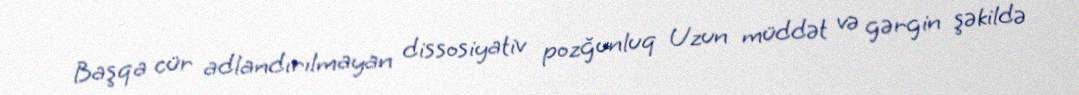
Başqa cür adlandırılmayan dissosiyativ pozğunluq Uzun müddət və gərgin şəkildə